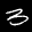
Label: 3